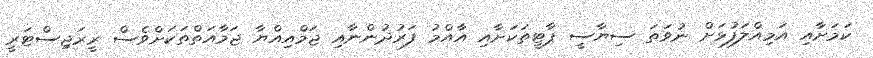
ކަމަށާއި އަމިއްލަފުޅަށް ނުވަތަ ސިޔާސީ ޕާޓީތަކަށާއި އާއްމު ފަރުދުންނާއި ޖަމްއިއްޔާ ޖަމާއަތްތަކަށްވެސް ރީރަޖިސްޓަރީ